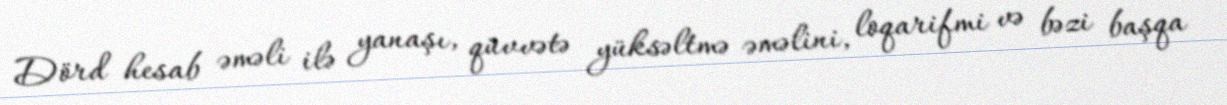
Dörd hesab əməli ilə yanaşı, qüvvətə yüksəltmə əməlini, loqarifmi və bəzi başqa